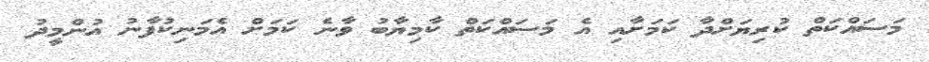
މަސައްކަތް ކުރިޔަށްދާ ކަމަށާއި އެ މަސައްކަތް ކާމިޔާބު ވާނެ ކަމަށް އެމަނިކުފާނު އުންމީދު